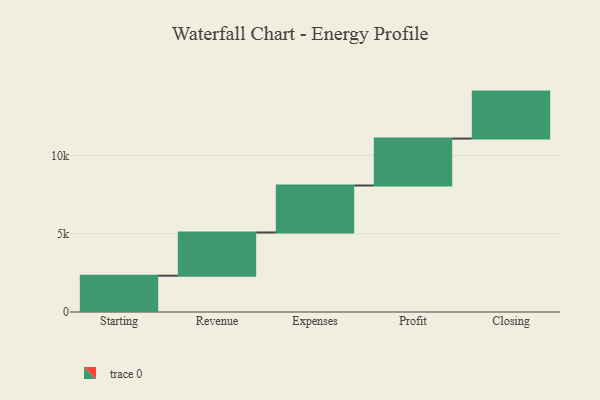
{"axis": {"x": "Step", "y": "Value"}, "legend": [""], "data": [{"x": "Starting", "y": 2320.0, "type": ""}, {"x": "Revenue", "y": 2761.0, "type": ""}, {"x": "Expenses", "y": 3000, "type": ""}, {"x": "Profit", "y": 3000, "type": ""}, {"x": "Closing", "y": 3000, "type": ""}]}